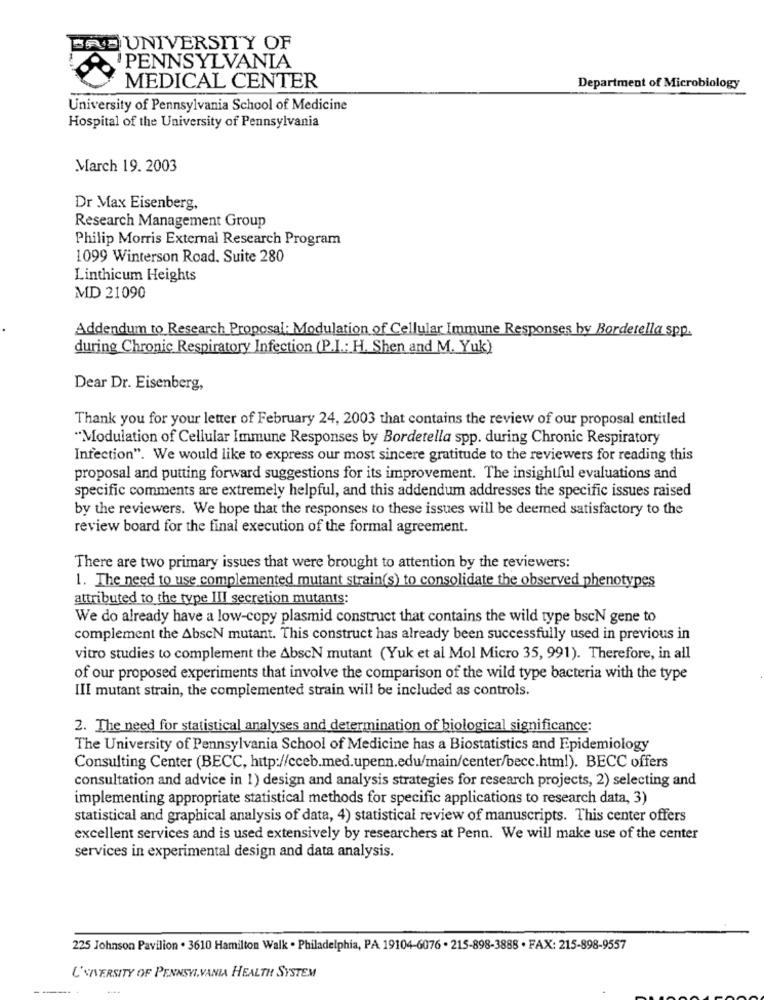
BAD UNIVERSITY OF
PENNSYLVANIA
MEDICAL CENTER
Department of Microbiology
University of Pennsylvania School of Medicine
Hospital of the University of Pennsylvania
March 19. 2003
Dr Max Eisenberg,
Research Management Group
Philip Morris External Research Program
1099 Winterson Road. Suite 280
Linthicum Heights
MD 21090
Addendum to Research Proposal: Modulation of Cellular Immune Responses by Bordetella spp.
during Chronic Respiratory Infection (P.I .: H. Shen and M. Yuk)
Dear Dr. Eisenberg,
Thank you for your letter of February 24, 2003 that contains the review of our proposal entitled
"Modulation of Cellular Immune Responses by Bordetella spp. during Chronic Respiratory
Infection". We would like to express our most sincere gratitude to the reviewers for reading this
proposal and putting forward suggestions for its improvement. The insightful evaluations and
specific comments are extremely helpful, and this addendum addresses the specific issues raised
by the reviewers. We hope that the responses to these issues will be deemed satisfactory to the
review board for the final execution of the formal agreement.
There are two primary issues that were brought to attention by the reviewers:
1. The need to use complemented mutant strain(s) to consolidate the observed phenotypes
attributed to the type III secretion mutants:
We do already have a low-copy plasmid construct that contains the wild type bscN gene to
complement the AbscN mutant. This construct has already been successfully used in previous in
vitro studies to complement the AbscN mutant (Yuk et al Mol Micro 35, 991). Therefore, in all
of our proposed experiments that involve the comparison of the wild type bacteria with the type
III mutant strain, the complemented strain will be included as controls.
2. The need for statistical analyses and determination of biological significance:
The University of Pennsylvania School of Medicine has a Biostatistics and Epidemiology
Consulting Center (BECC, http://cceb.med.upenn.edu/main/center/becc.html). BECC offers
consultation and advice in 1) design and analysis strategies for research projects, 2) selecting and
implementing appropriate statistical methods for specific applications to research data, 3)
statistical and graphical analysis of data, 4) statistical review of manuscripts. This center offers
excellent services and is used extensively by researchers at Penn. We will make use of the center
services in experimental design and data analysis.
225 Johnson Pavilion . 3610 Hamilton Walk . Philadelphia, PA 19104-6076 . 215-898-3888 · FAX: 215-898-9557
L'NIVERSITY OF PENNSYLVANIA HEALTH SYSTEM